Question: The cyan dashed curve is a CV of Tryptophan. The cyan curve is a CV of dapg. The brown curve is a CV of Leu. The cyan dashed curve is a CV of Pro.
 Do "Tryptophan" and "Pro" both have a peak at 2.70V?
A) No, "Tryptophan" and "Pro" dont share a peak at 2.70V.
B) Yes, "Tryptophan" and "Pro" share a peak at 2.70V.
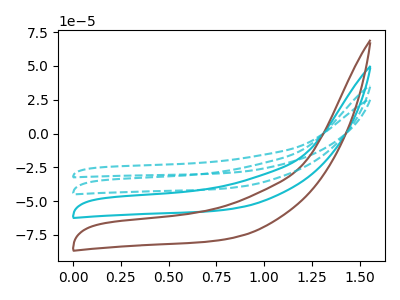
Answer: <think>The cyan dashed curve "Tryptophan" has no peaks. The cyan curve "dapg" has no peaks. The brown curve "Leu" has no peaks. The cyan dashed curve "Pro" has no peaks.</think>
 <answer>A) No, "Tryptophan" and "Pro" dont share a peak at 2.70V.</answer>
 <eval>A</eval>